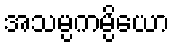
အသမ္ပကမ္ပိယော